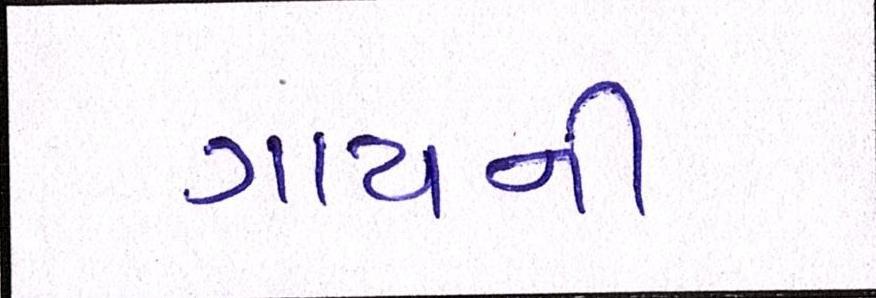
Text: ગાયની